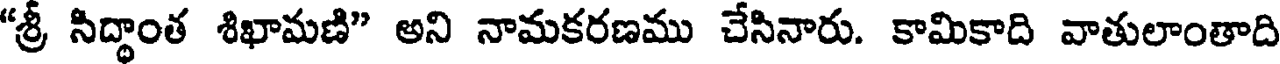
"శ్రీ సిద్ధాంత శిఖామణి" అని నామకరణము చేసినారు. కామికాది వాతులాంతాది